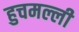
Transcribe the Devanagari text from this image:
हुचमल्ली